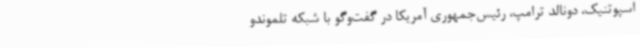
اسپوتنیک، دونالد ترامپ، رئیس‌جمهوری آمریکا در گفت‌وگو با شبکه تلموندو